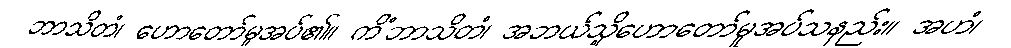
ဘာသိတံ၊ ဟောတော်မူအပ်၏။ ကိံဘာသိတံ၊ အဘယ်သို့ဟောတော်မူအပ်သနည်း။ အဟံ၊